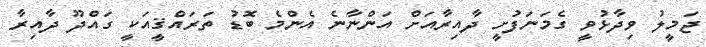
ޖަމީލު ވިދާޅުވީ ގެމަނަފުށީ ދާއިރާއަށް އަންނާނެ އެންމެ ބޮޑު ތަރައްޤީއަކީ ގައްދޫ ދާއިރާ